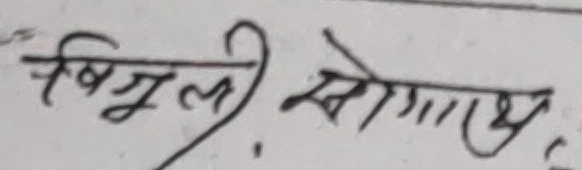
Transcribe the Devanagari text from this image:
बिजुली सोमनाथ